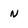
Character: n